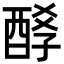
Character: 𨡆